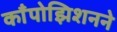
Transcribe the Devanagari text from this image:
काँपोझिशनने